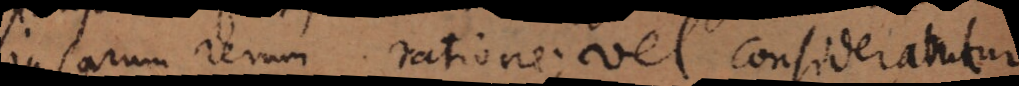
ipsarum rerum ratione; vel consider